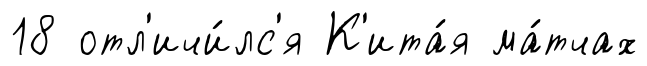
18 отл'ичи́лс'я К'ита́я ма́тчах